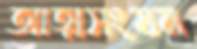
আত্মসংযম